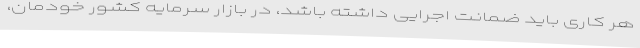
هر کاری باید ضمانت اجرایی داشته باشد، در بازار سرمایه کشور خودمان،